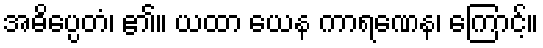
အဓိပ္ပေတံ၊ ၏။ ယထာ ယေန ကာရဏေန၊ ကြောင့်။